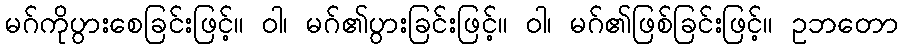
မဂ်ကိုပွားစေခြင်းဖြင့်။ ဝါ၊ မဂ်၏ပွားခြင်းဖြင့်။ ဝါ၊ မဂ်၏ဖြစ်ခြင်းဖြင့်။ ဥဘတော